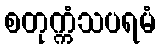
စတုက္ကံသပရမံ